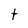
Character: t